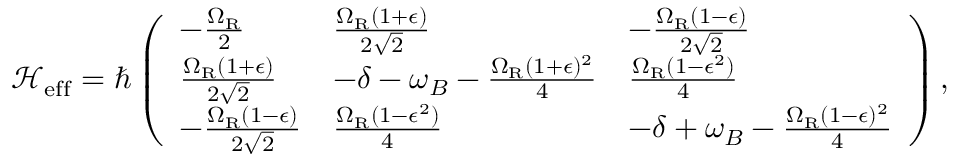
\mathcal { H } _ { \mathrm { e f f } } = \hbar \left( \begin{array} { l l l } { - \frac { \Omega _ { \mathrm { R } } } { 2 } } & { \frac { \Omega _ { \mathrm { R } } ( 1 + \epsilon ) } { 2 \sqrt { 2 } } } & { - \frac { \Omega _ { \mathrm { R } } ( 1 - \epsilon ) } { 2 \sqrt { 2 } } } \\ { \frac { \Omega _ { \mathrm { R } } ( 1 + \epsilon ) } { 2 \sqrt { 2 } } } & { - \delta - \omega _ { B } - \frac { \Omega _ { \mathrm { R } } ( 1 + \epsilon ) ^ { 2 } } { 4 } } & { \frac { \Omega _ { \mathrm { R } } ( 1 - \epsilon ^ { 2 } ) } { 4 } } \\ { - \frac { \Omega _ { \mathrm { R } } ( 1 - \epsilon ) } { 2 \sqrt { 2 } } } & { \frac { \Omega _ { \mathrm { R } } ( 1 - \epsilon ^ { 2 } ) } { 4 } } & { - \delta + \omega _ { B } - \frac { \Omega _ { \mathrm { R } } ( 1 - \epsilon ) ^ { 2 } } { 4 } } \end{array} \right) ,